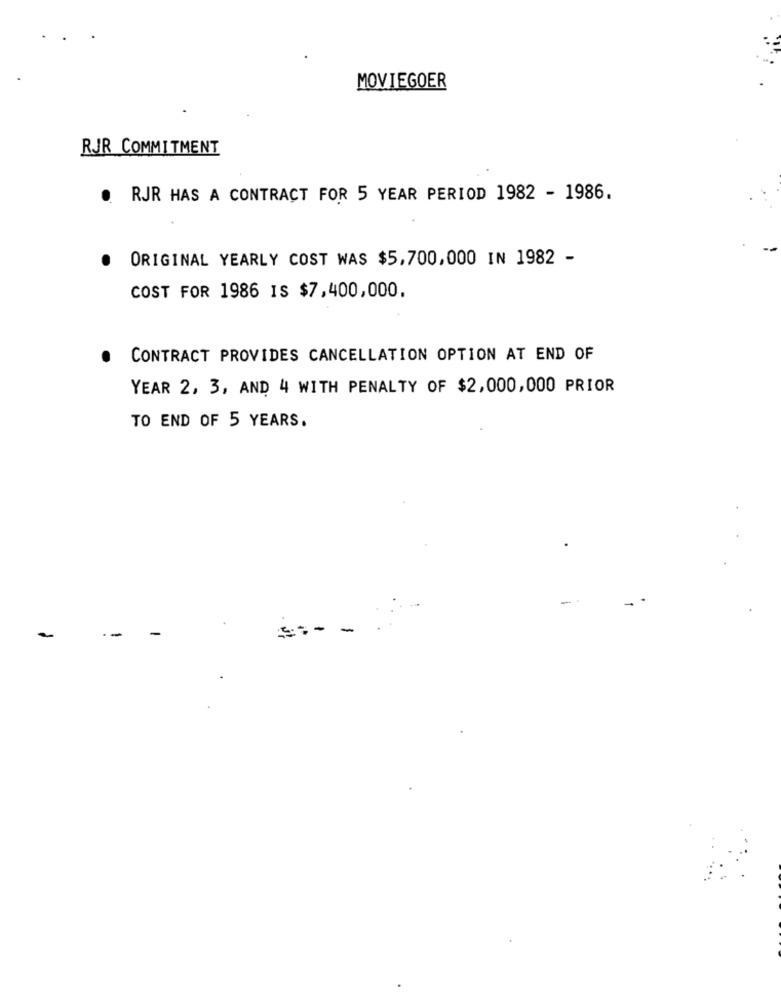
MOVIEGOER
RJR COMMITMENT
. RJR HAS A CONTRACT FOR 5 YEAR PERIOD 1982 - 1986.
ORIGINAL YEARLY COST WAS $5,700,000 IN 1982 -
.
COST FOR 1986 IS $7,400,000.
CONTRACT PROVIDES CANCELLATION OPTION AT END OF
YEAR 2, 3, AND 4 WITH PENALTY OF $2,000,000 PRIOR
TO END OF 5 YEARS.
-
-